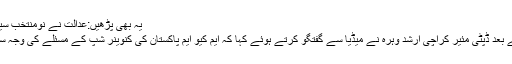
یہ بھی پڑھیں:عدالت نے نومنتخب سینیٹرز کو خوشخبری سنادی
واضح رہے کہ سماعت کے بعد ڈپٹی مئیر کراچی ارشد وہرہ نے میڈیا سے گفتگو کرتے ہوئے کہا کہ ایم کیو ایم پاکستان کی کنوینر شپ کے مسئلے کی وجہ سے اگلی تاریخ دی گئی ہے۔